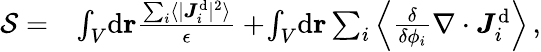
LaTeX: \begin{array}{rl}{\mathcal{S}=}&{\int_{V}\! \mathrm{d}\mathbf{r}\frac{\sum_{i}\langle\vert{\boldsymbol{J}}_{i}^{\mathrm{d}}\vert^{2}\rangle}{\epsilon}+\! \int_{V}\! \mathrm{d}\mathbf{r}\sum_{i}\left\langle\frac{\delta}{\delta{\phi_{i}}}\nabla\cdot\boldsymbol{J}_{i}^{\mathrm{d}}\right\rangle\, ,}\end{array}